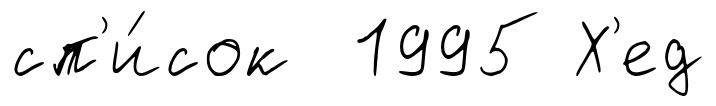
сп'и́сок 1995 Х'ед